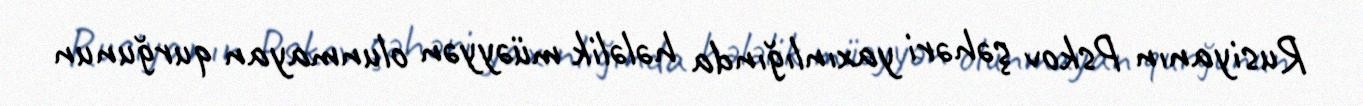
Rusiyanın Pskov şəhəri yaxınlığında hələlik müəyyən olunmayan qurğunun